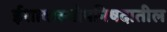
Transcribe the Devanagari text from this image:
ईशावास्योपनिषदातील